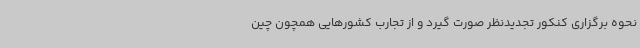
نحوه برگزاری کنکور تجدیدنظر صورت گیرد و از تجارب کشورهایی همچون چین